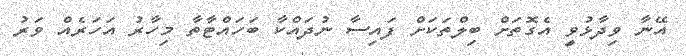
އޭނާ ވިދާޅުވީ އެގޮތަށް ބިލްތަކަށް ފައިސާ ނުދައްކާ ބަހައްޓާތާ މިހާރު އަހަރެއް ވަރު